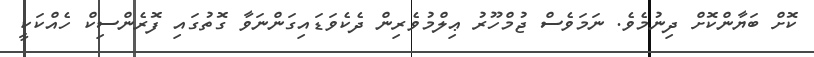
ކޮށް ބަޔާންކޮށް ދިނުމެވެ. ނަމަވެސް ޖުމްހޫރު ޢިލްމުވެރިން ދެކެވަޑައިގަންނަވާ ގޮތުގައި ފޮރެންސިކް ހެއްކަކީ